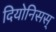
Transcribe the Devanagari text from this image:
दियोनिसस्